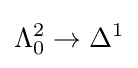
\Lambda _{0}^{2}\to \Delta ^{1}